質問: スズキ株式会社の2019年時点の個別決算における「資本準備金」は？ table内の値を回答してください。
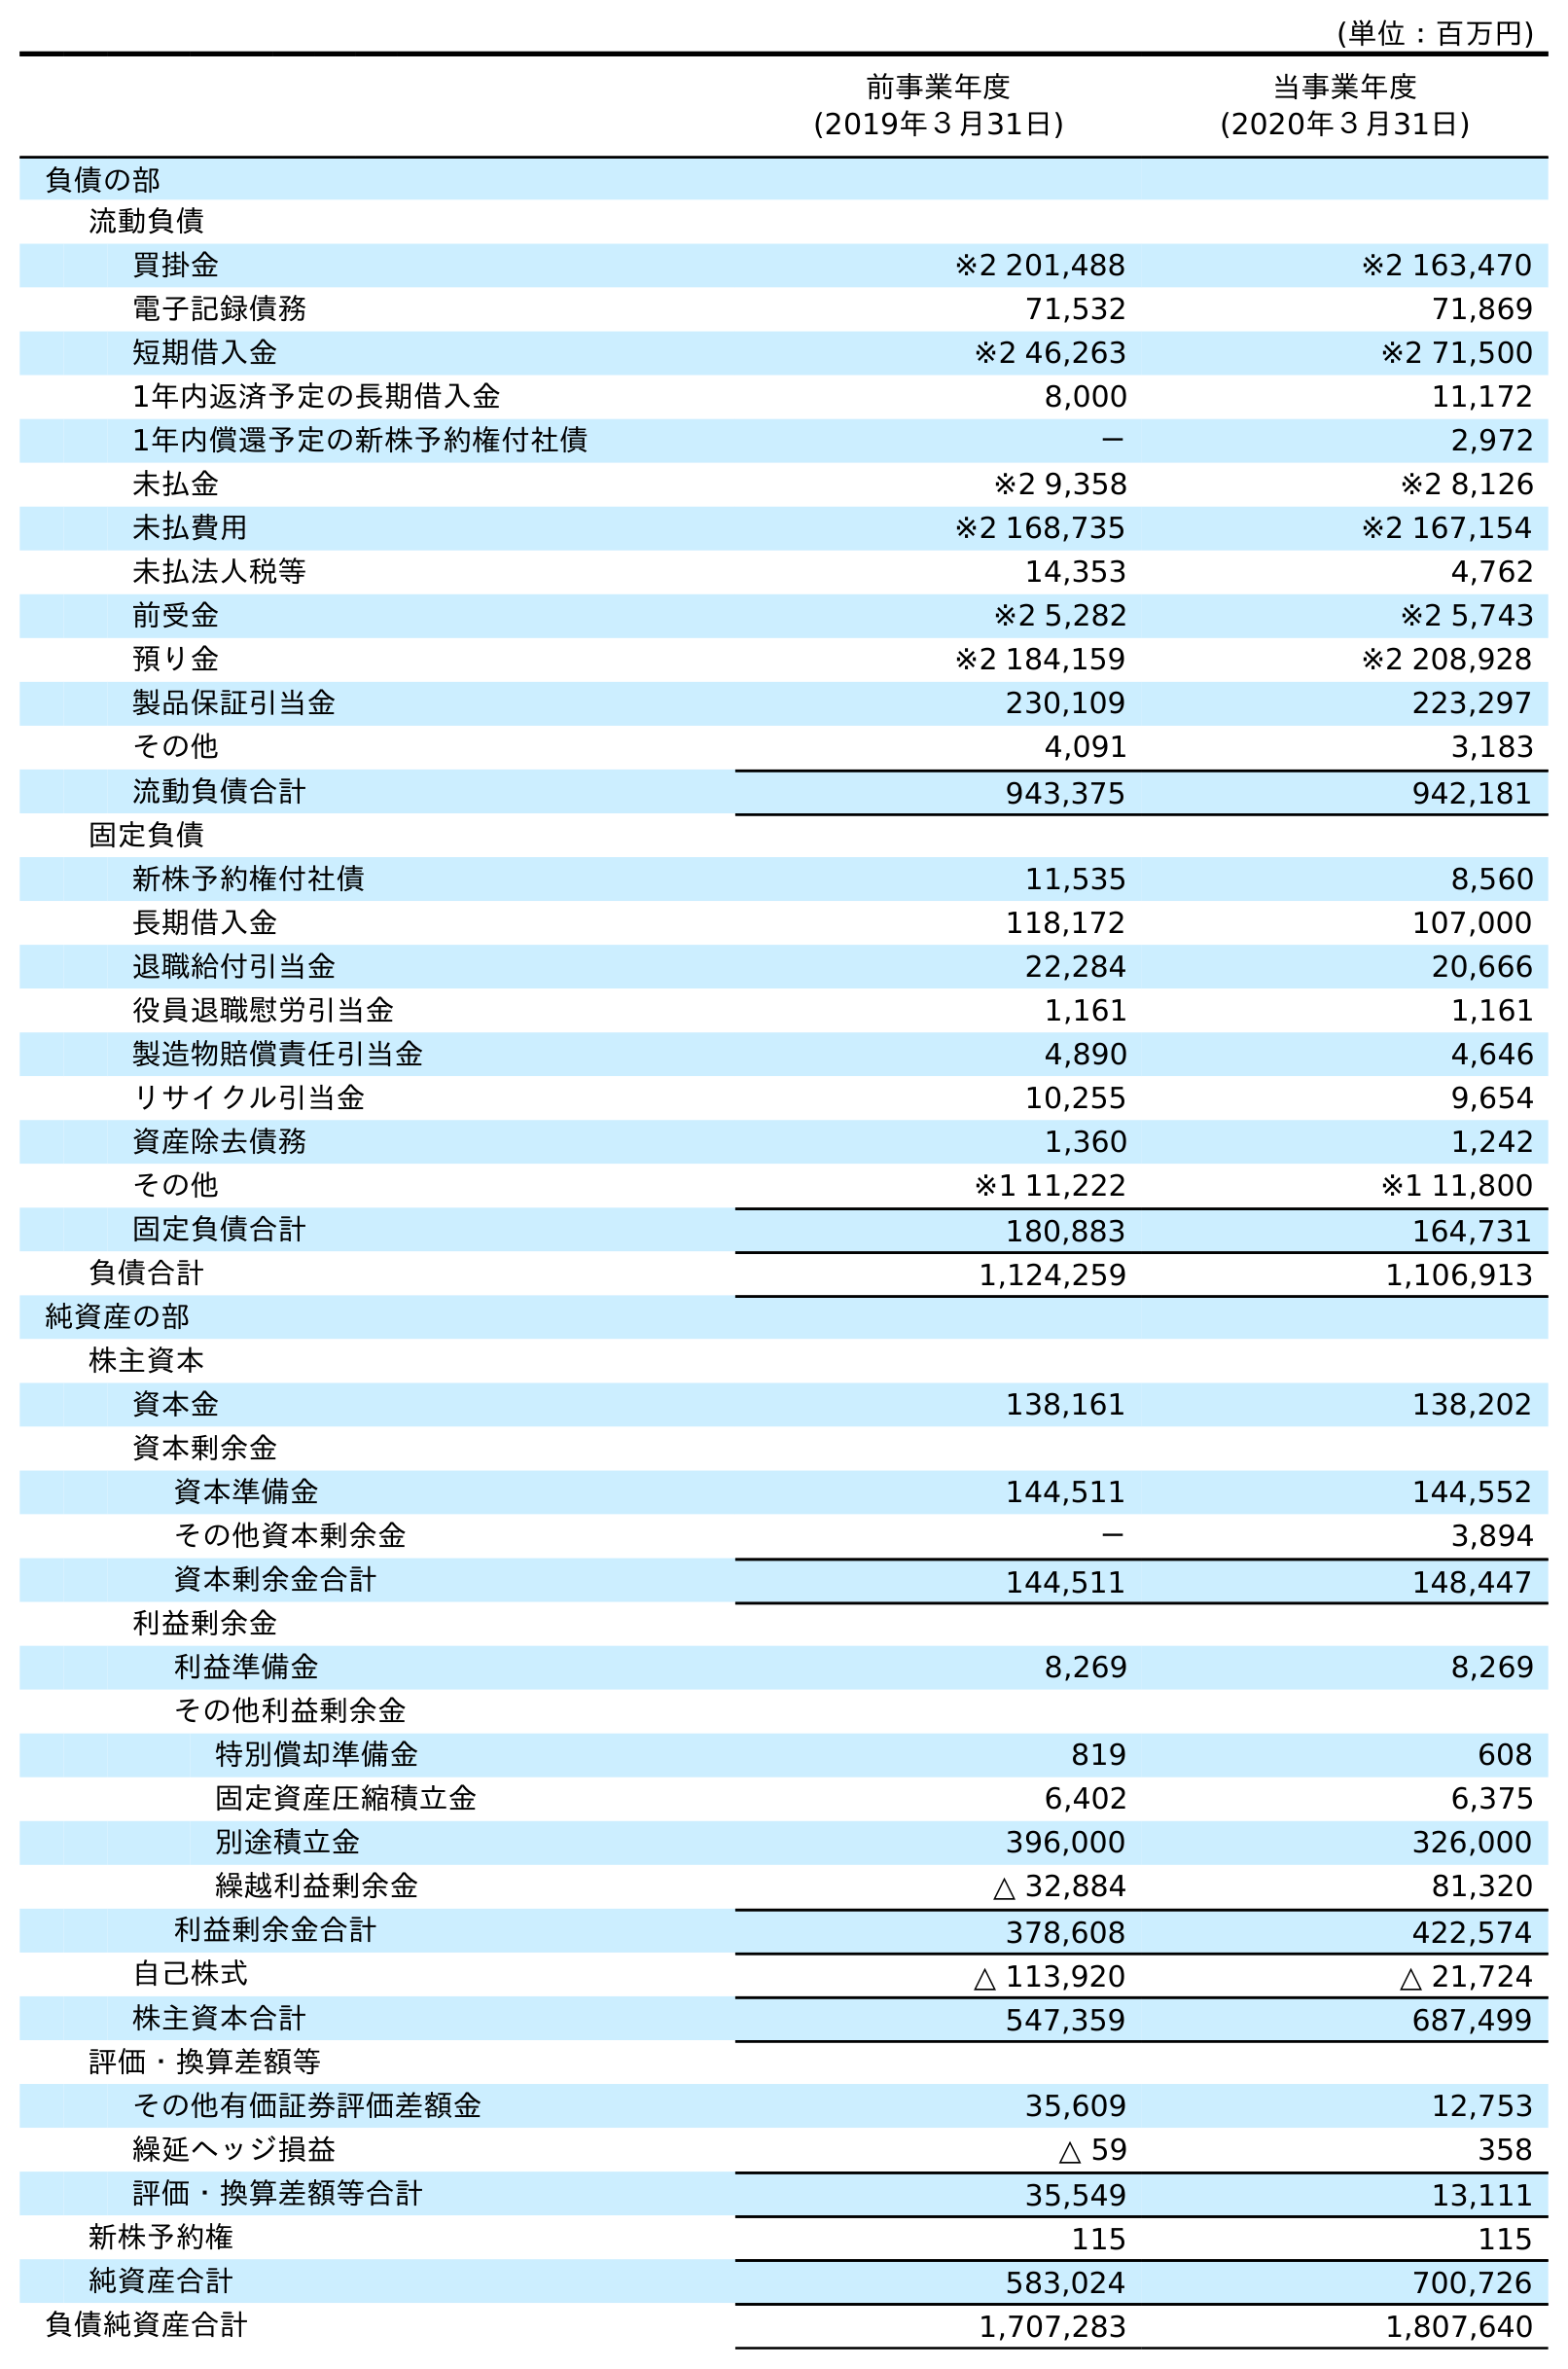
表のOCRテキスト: (単位：百万円) 前事業年度 (2019年３月31日) 当事業年度 (2020年３月31日) 負債の部 流動負債 買掛金 ※2 201,488 ※2 163,470 電子記録債務 71,532 71,869 短期借入金 ※2 46,263 ※2 71,500 1年内返済予定の長期借入金 8,000 11,172 1年内償還予定の新株予約権付社債 － 2,972 未払金 ※2 9,358 ※2 8,126 未払費用 ※2 168,735 ※2 167,154 未払法人税等 14,353 4,762 前受金 ※2 5,282 ※2 5,743 預り金 ※2 184,159 ※2 208,928 製品保証引当金 230,109 223,297 その他 4,091 3,183 流動負債合計 943,375 942,181 固定負債 新株予約権付社債 11,535 8,560 長期借入金 118,172 107,000 退職給付引当金 22,284 20,666 役員退職慰労引当金 1,161 1,161 製造物賠償責任引当金 4,890 4,646 リサイクル引当金 10,255 9,654 資産除去債務 1,360 1,242 その他 ※1 11,222 ※1 11,800 固定負債合計 180,883 164,731 負債合計 1,124,259 1,106,913 純資産の部 株主資本 資本金 138,161 138,202 資本剰余金 資本準備金 144,511 144,552 その他資本剰余金 － 3,894 資本剰余金合計 144,511 148,447 利益剰余金 利益準備金 8,269 8,269 その他利益剰余金 特別償却準備金 819 608 固定資産圧縮積立金 6,402 6,375 別途積立金 396,000 326,000 繰越利益剰余金 △ 32,884 81,320 利益剰余金合計 378,608 422,574 自己株式 △ 113,920 △ 21,724 株主資本合計 547,359 687,499 評価・換算差額等 その他有価証券評価差額金 35,609 12,753 繰延ヘッジ損益 △ 59 358 評価・換算差額等合計 35,549 13,111 新株予約権 115 115 純資産合計 583,024 700,726 負債純資産合計 1,707,283 1,807,640
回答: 144,511